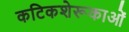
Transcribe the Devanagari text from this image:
कटिकशेरूकाओं